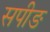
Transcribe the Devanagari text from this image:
सपीङ